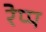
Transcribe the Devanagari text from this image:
रेप्प